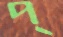
প্